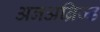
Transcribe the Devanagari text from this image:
अनअब्रिज्ड